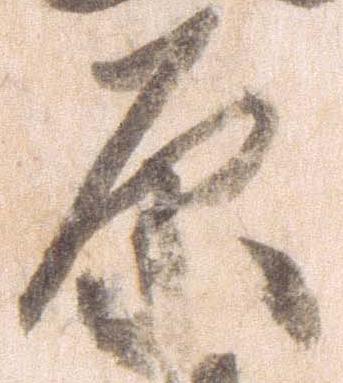
原